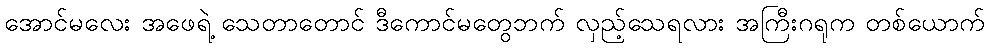
အောင်မလေး အဖေရဲ့ သေတာတောင် ဒီကောင်မတွေဘက် လှည့်သေရလား အကြီးဂရုက တစ်ယောက်